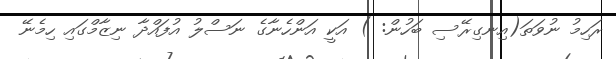
ރަހިމު ނުވަތަ(އިނގިރޭސި ބަހުން: ) އަކީ އަންހެނާގެ ނަސްލު އުފައްދާ ނިޒާމްގައި ހިމެނޭ